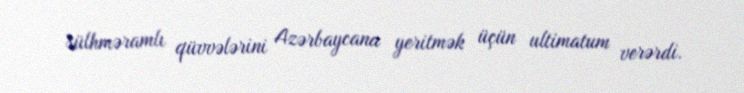
sülhməramlı qüvvələrini Azərbaycana yeritmək üçün ultimatum verərdi.